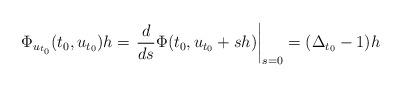
LaTeX: \begin{align*} \Phi_{u_{t_0}} (t_0, u_{t_0}) h = \left. \frac{d}{ds} \Phi(t_0, u_{t_0} + s h) \right|_{s = 0} = (\Delta_{t_0} - 1) h\end{align*}